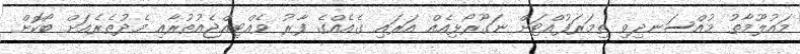
މައުލޫމާތު މުއްސަނދިވި ތިމަރަފުއްޓަށް ނަގޫރޯޅިއެއް އަރައި ގެއެއްގެ ފާރު ވެއްޓިއްޖެއުތުރާއި މެދުތެރެއަށް ބޯކޮށް